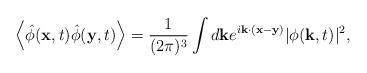
LaTeX: \begin{align*}\left< \hat{\phi}({\bf x}, t)\hat{\phi}({\bf y}, t) \right> =\frac{1}{(2\pi)^3} \int d{\bf k}e^{i {\bf k} \cdot ( {\bf x} -{\bf y})} |\phi( {\bf k}, t)|^2,\end{align*}